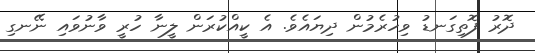
ދޮރު ފޮތިގަނޑު ވިހުރެމުން ދިޔައެވެ. އެ ކީއްކުރަން ލީނާ ހުރީ ވާނުވައި ނޭނގި